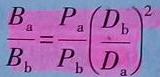
$\frac{B_{\mathrm{a}}}{B_{\mathrm{b}}}=\frac{P_{\mathrm{a}}}{P_{\mathrm{b}}}\left(\frac{D_{\mathrm{b}}}{D_{\mathrm{a}}}\right)^{2}$